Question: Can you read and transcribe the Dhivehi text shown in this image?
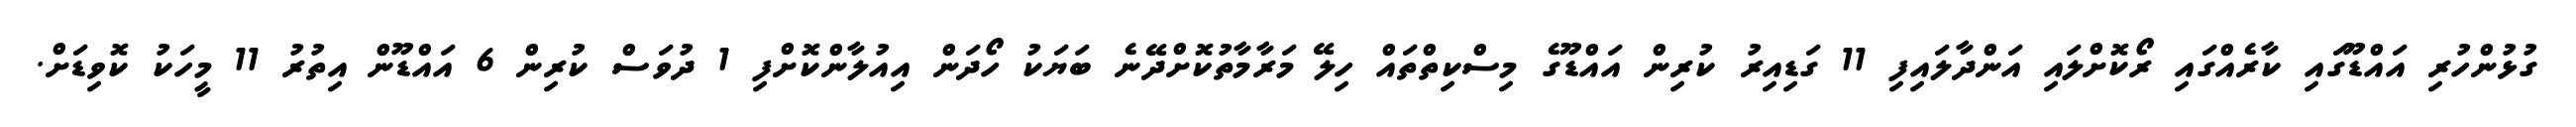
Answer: ގުޅުންހުރި އައްޑޫގައި ކާރެއްގައި ރޯކޮށްލައި އަންދާލައިފި 11 ގަޑިއިރު ކުރިން އައްޑޫގެ މިސްކިތްތައް ހިލޭ މަރާމާތުކޮށްދޭނެ ބަޔަކު ހޯދަން އިއުލާންކޮށްފި 1 ދުވަސް ކުރިން 6 އައްޑޫން އިތުރު 11 މީހަކު ކޮވިޑަށް.